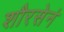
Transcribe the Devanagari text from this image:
शौरसेनं